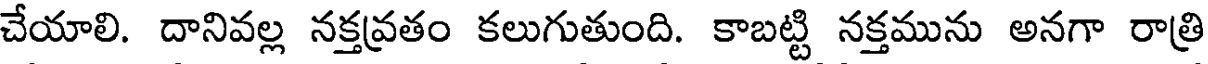
చేయాలి. దానివల్ల నక్తవ్రతం కలుగుతుంది. కాబట్టి నక్తమును అనగా రాత్రి